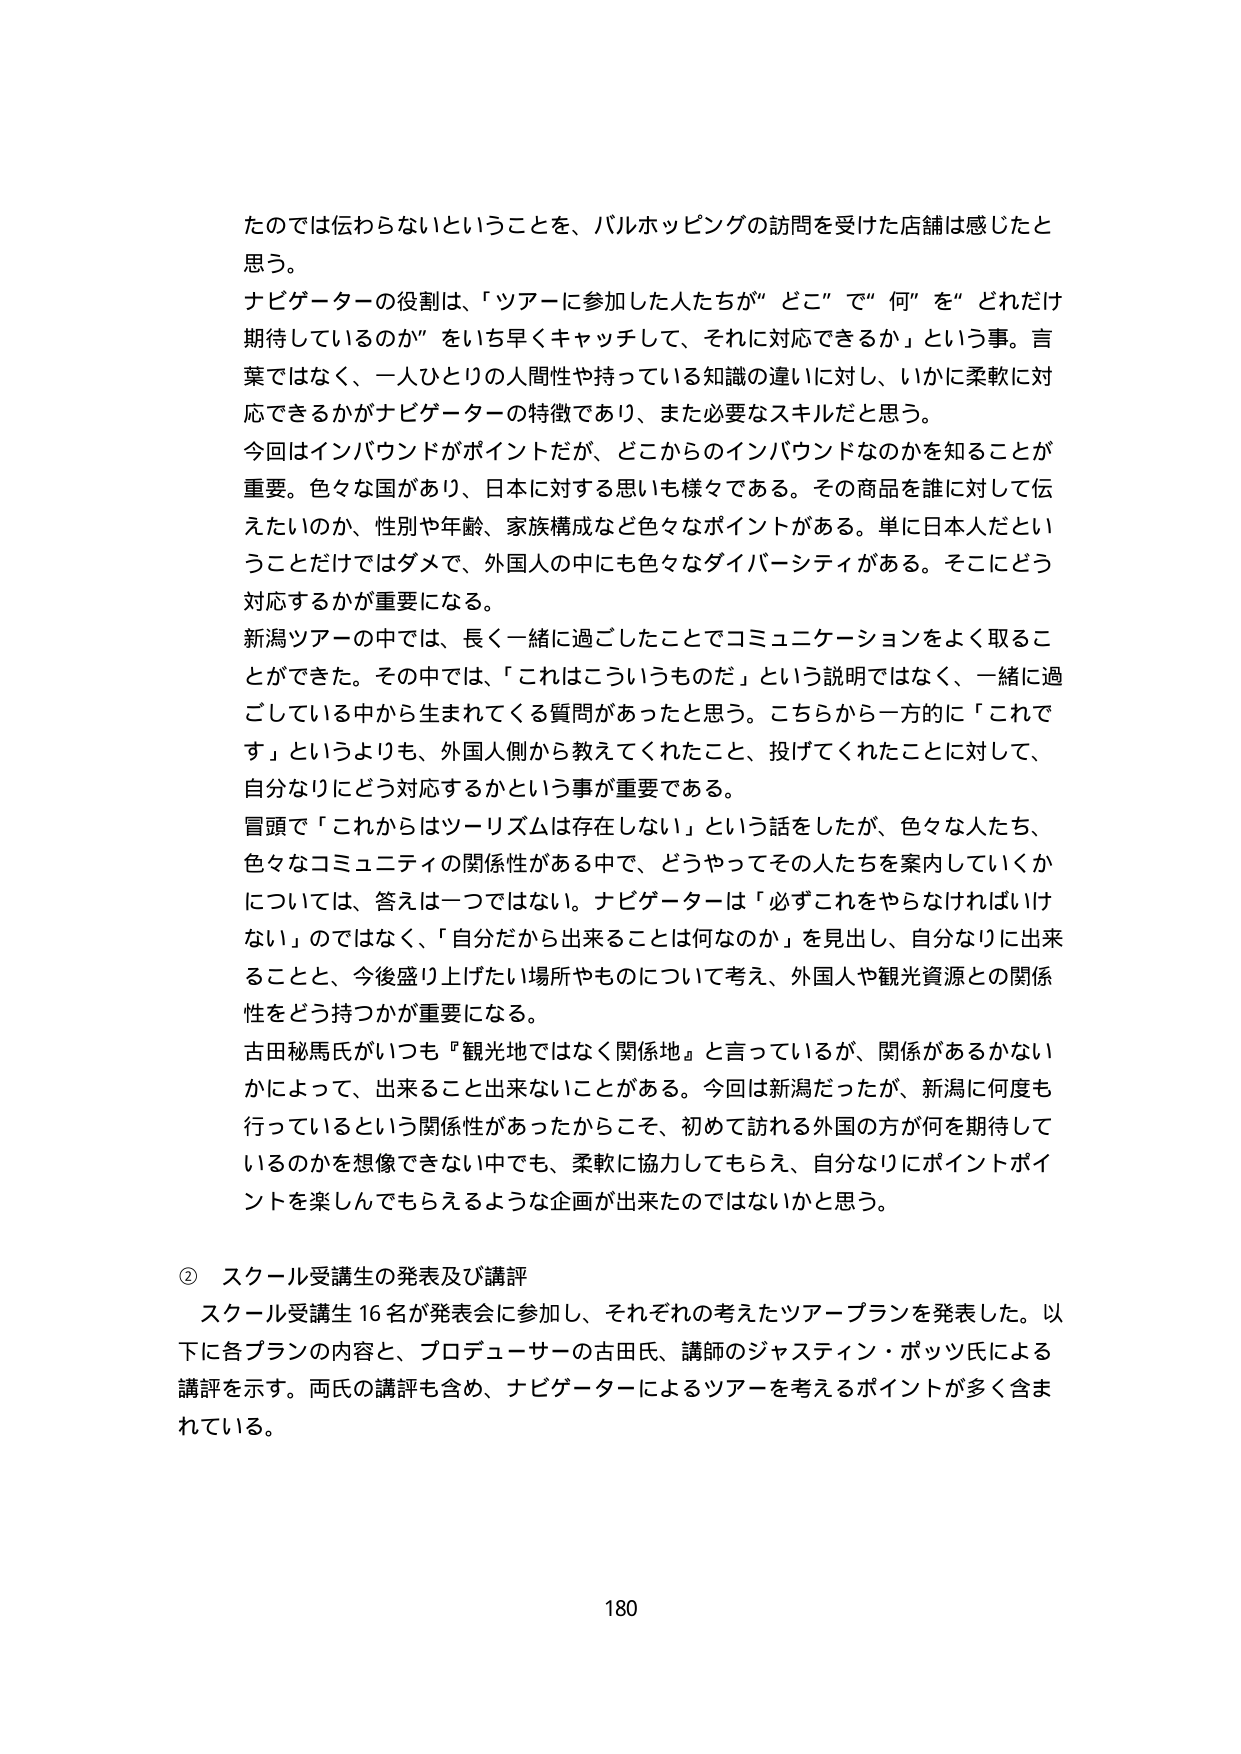
たのでは伝わらないということを、バルホッピングの訪問を受けた店舗は感じたと思う。

ナビゲーターの役割は、「ツアーに参加した人たちが“どこ”で“何”を“どれだけ期待しているのか”をいち早くキャッチして、それに対応できるか」という事。言葉ではなく、一人ひとりの人間性や持っている知識の違いに対し、いかに柔軟に対応できるかがナビゲーターの特徴であり、また必要なスキルだと思う。

今回はインバウンドがポイントだが、どこからのインバウンドなのかを知ることが重要。色々な国があり、日本に対する思いも様々である。その商品を誰に対して伝えたいのか、性別や年齢、家族構成など色々なポイントがある。単に日本人だということだけではダメで、外国人の中にも色々なダイバーシティがある。そこにどう対応するかが重要になる。

新潟ツアーの中では、長く一緒に過ごしたことでコミュニケーションをよく取ることができた。その中では、「これはこういうものだ」という説明ではなく、一緒に過ごしている中から生まれてくる質問があったと思う。こちらから一方的に「これです」というよりも、外国人側から教えてくれたこと、投げてくれたことに対して、自分なりにどう対応するかという事が重要である。

冒頭で「これからはツーリズムは存在しない」という話をしたが、色々な人たち、色々なコミュニティの関係性がある中で、どうやってその人たちを案内していくかについては、答えは一つではない。ナビゲーターは「必ずこれをやらなければいけない」のではなく、「自分だから出来ることは何か」を見出し、自分なりに出来ることと、今後盛り上げたい場所やものについて考え、外国人や観光資源との関係性をどう持つかが重要になる。

古田秘馬氏がいつも『観光地ではなく関係地』と言っているが、関係があるかないかによって、出来ること出来ないことがある。今回は新潟だったが、新潟に何度も行っているという関係性があったからこそ、初めて訪れる外国の方が何を期待しているのかを想像できない中でも、柔軟に協力してもらえ、自分なりにポイントポイントを楽しんでもらえるような企画が出来たのではないかと思う。

② スクール受講生の発表及び講評

スクール受講生16名が発表会に参加し、それぞれの考えたツアー・プランを発表した。以下に各プランの内容と、プロデューサーの古田氏、講師のジャスティン・パッツ氏による講評を示す。両氏の講評も含め、ナビゲーターによるツアーを考えるポイントが多く含まれている。

180